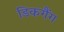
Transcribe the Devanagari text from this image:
डिकगैंग